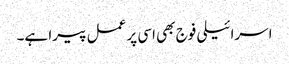
اسرائیلی فوج بھی اسی پر عمل پیرا ہے۔